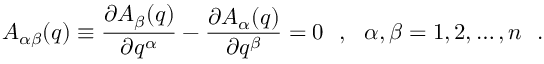
A _ { \alpha \beta } ( q ) \equiv \frac { \partial A _ { \beta } ( q ) } { \partial q ^ { \alpha } } - \frac { \partial A _ { \alpha } ( q ) } { \partial q ^ { \beta } } = 0 \ \ , \ \ \alpha , \beta = 1 , 2 , \dots , n \ \ .